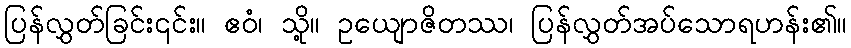
ပြန်လွှတ်ခြင်း၎င်း။ ဧဝံ၊ သို့။ ဥယျောဇိတဿ၊ ပြန်လွှတ်အပ်သောရဟန်း၏။